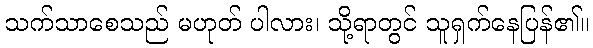
သက်သာစေသည် မဟုတ် ပါလား၊ သို့ရာတွင် သူရှက်နေပြန်၏။